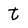
Character: t